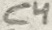
Text: C4